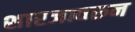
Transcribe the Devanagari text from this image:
शारजावरून